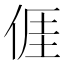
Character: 𠊎